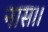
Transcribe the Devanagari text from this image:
नास।।